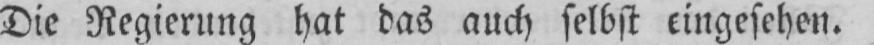
Die Regierung hat das auch selbst eingesehen.